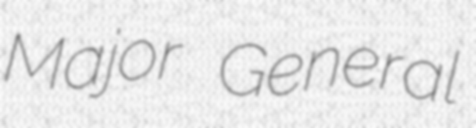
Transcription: Major General